Indian journal of veterinary science and animal husbandry - Volume 2,
Year: 1932
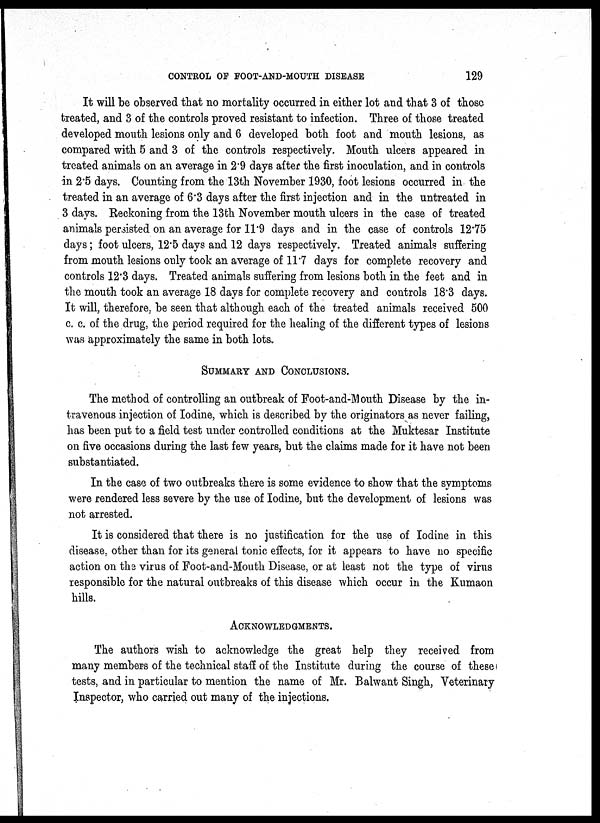
CONTROL OF FOOT-AND-MOUTH DISEASE
129
It will be observed that no mortality occurred in either lot and that 3 of those
treated, and 3 of the controls proved resistant to infection. Three of those treated
developed mouth lesions only and 6 developed both foot and mouth lesions, as
compared with 5 and 3 of the controls respectively. Mouth ulcers appeared in
treated animals on an average in 2.9 days after the first inoculation, and in controls
in 2.5 days. Counting from the 13th November 1930, foot lesions occurred in the
treated in an average of 6.3 days after the first injection and in the untreated in
3 days. Reckoning from the 13th November mouth ulcers in the case of treated
animals persisted on an average for 11.9 days and in the case of controls 12.75
days; foot ulcers, 12.5 days and 12 days respectively. Treated animals suffering
from mouth lesions only took an average of 11.7 days for complete recovery and
controls 12.3 days. Treated animals suffering from lesions both in the feet and in
the mouth took an average 18 days for complete recovery and controls 18.3 days.
It will, therefore, be seen that although each of the treated animals received 500
c. c. of the drug, the period required for the healing of the different types of lesions
was approximately the same in both lots.
SUMMARY AND CONCLUSIONS.
The method of controlling an outbreak of Foot-and-Mouth Disease by the in-
travenous injection of Iodine, which is described by the originators as never failing,
has been put to a field test under controlled conditions at the Muktesar Institute
on five occasions during the last few years, but the claims made for it have not been
substantiated.
In the case of two outbreaks there is some evidence to show that the symptoms
were rendered less severe by the use of Iodine, but the development of lesions was
not arrested.
It is considered that there is no justification for the use of Iodine in this
disease, other than for its general tonic effects, for it appears to have no specific
action on the virus of Foot-and-Mouth Disease, or at least not the type of virus
responsible for the natural outbreaks of this disease which occur in the Kumaon
hills.
ACKNOWLEDGMENTS.
The authors wish to acknowledge the great help they received from
many members of the technical staff of the Institute during the course of these
tests, and in particular to mention the name of Mr. Balwant Singh, Veterinary
Inspector, who carried out many of the injections.